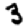
Digit: 3